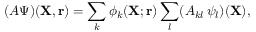
( A \Psi ) ( { \mathbf { X } } , { \mathbf { r } } ) = \sum _ { k } \phi _ { k } ( { \mathbf { X } } ; { \mathbf { r } } ) \sum _ { l } ( A _ { k l } \, \psi _ { l } ) ( { \mathbf { X } } ) ,